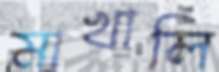
মাখালি